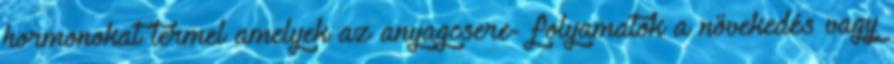
hormonokat termel amelyek az anyagcsere- folyamatok a növekedés vagy